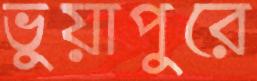
ভুয়াপুরে